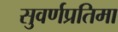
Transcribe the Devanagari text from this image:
सुवर्णप्रतिमा